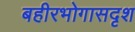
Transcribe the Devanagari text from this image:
बहीरभोगासदृश